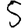
Digit: 5